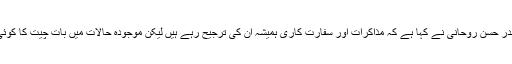
ایران کے صدر حسن روحانی نے کہا ہے کہ مذاکرات اور سفارت کاری ہمیشہ ان کی ترجیح رہے ہیں لیکن موجودہ حالات میں بات چیت کا کوئی امکان نہیں۔